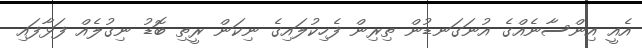
އެއީ އިންސާނެއްގެ އުނަގަނޑުން ތިރިން ފެހިކުލައިގެ ނިކަން ރީތި ބޮޑު ނިގުލެއް ފަޅާފައި